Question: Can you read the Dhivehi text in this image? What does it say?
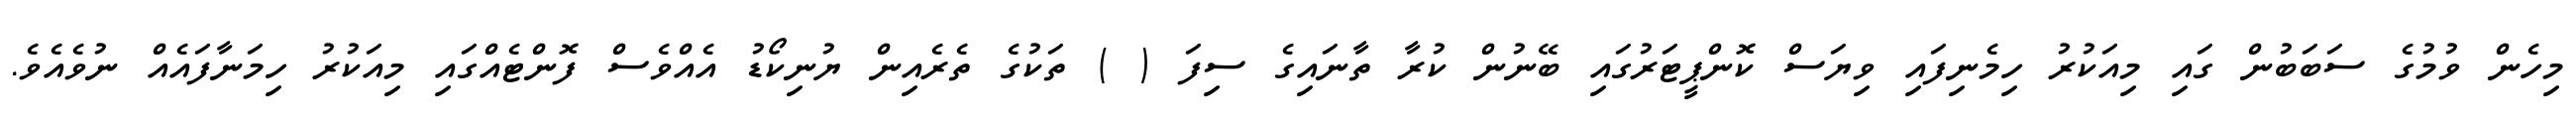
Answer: މިހެން ވުމުގެ ސަބަބުން ގައި މިއަކުރު ހިމެނިފައި ވިޔަސް ކޮންޕީޓަރުގައި ބޭނުން ކުރާ ތާނައިގެ ސިފަ ( ) ތަކުގެ ތެރެއިން ޔުނިކޯޑު އެއްވެސް ފޮންޓެއްގައި މިއަކުރު ހިމަނާފައެއް ނުވެއެވެ.